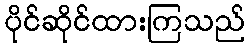
ပိုင်ဆိုင်ထားကြသည်